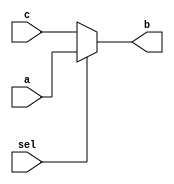
//continous asssignment
module mux_2x1(input a,c,sel, output b);
  assign b = sel ? a : c;
endmodule